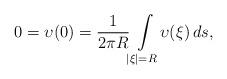
LaTeX: \begin{align*} 0 = \upsilon ( 0 ) = \frac 1 { 2 \pi R } \! \int \limits _ { | \xi | = R } \! \upsilon ( \xi ) \, d s ,\end{align*}